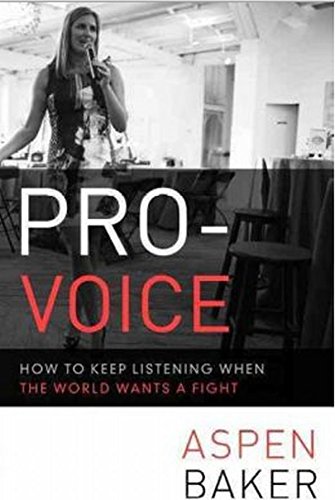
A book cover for Pro-Voice: How to Keep Listening When the World Wants a Fight; Aspen Baker; Politics & Social Sciences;